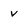
Character: V